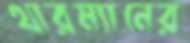
থারম্যানের